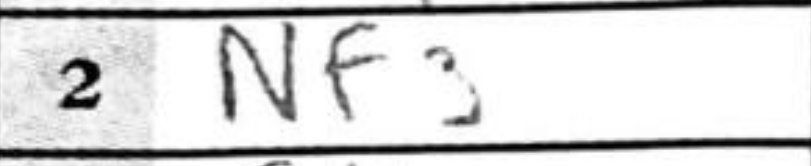
Transcription: Nf3